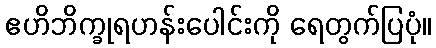
ဧဟိဘိက္ခုရဟန်းပေါင်းကို ရေတွက်ပြပုံ။